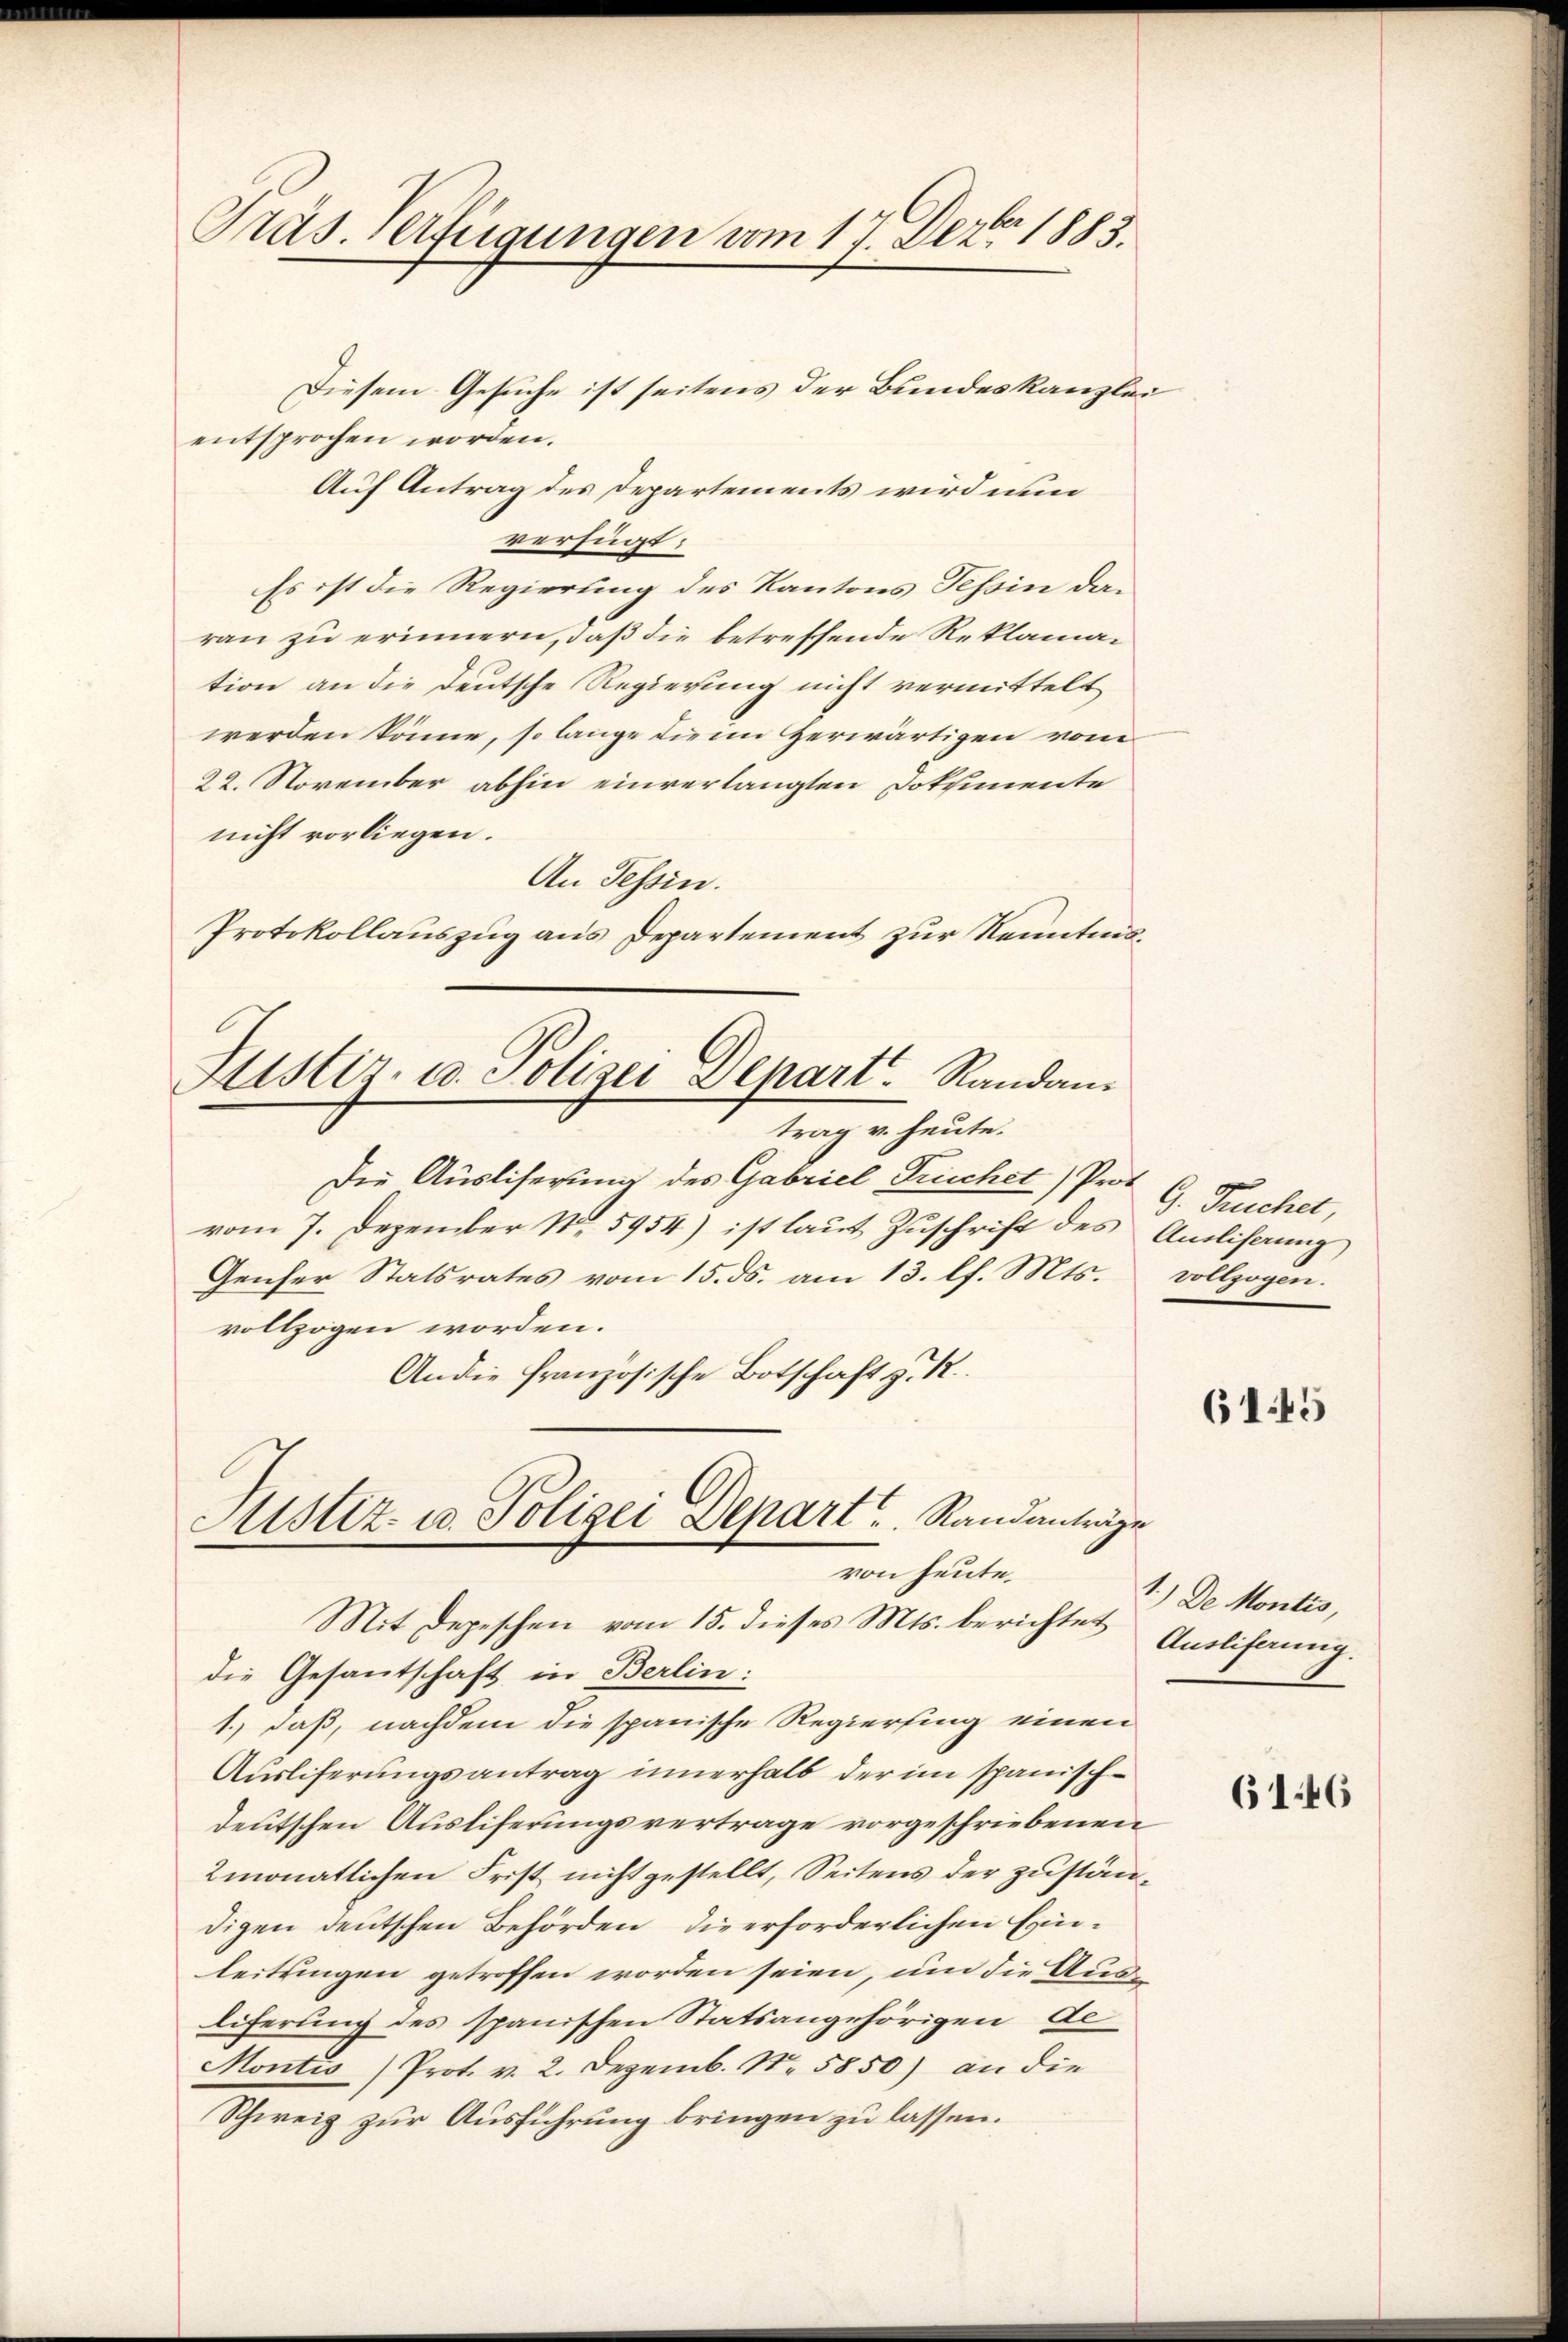
Präs. Verfügungen vom 17. Dez. 1885.

entsprochen worden.
Auf Antrag des Departements wird nun
verfügt:
Es ist die Regierung des Kantons Tessin daran zu erinnern, daß die betreffende Reklamation an die deutsche Regierung nicht vermittelt
werden könne, so lange die im Zerwärtigen vom
22. November abhin einverlangten Dokumente
nicht vorliegen.
An Tessin.
Protokollauszug aus Departement zur Kenntnis¬

Diesem Gesuche ist seitens der Bundeskanzlei

Justiz, u. Polizei Depart. Randam
trag v. heute.

Mistiz- u. Polizei Depart. Standanträge
von heute.

Die Ausliserung des Gabriel Frücher, Prof. G. Ruchet,
vom 7. Dezember 185954) ist laut Zuschrift des Ausliserung
Genser Statsrates vom 15. ds. am 13. l. Mts.
vollzogen worden.
An die französische Botschaft z. R.
Mit Depeschen vom 15. dieses Mts. berichtet Auslifannig.
die Gesantschaft in Berlin:
1.) daß, nachdem die spanische Regierung einen
Ausliferungsantrag innerhalb der im spanischdeutschen Ausliferungsvertrage vorgeschriebenen
2monatlichen Frist nicht gestellt, Seitens der zuständigen deutschen Behörden, die erforderlichen Einleitungen getroffen worden seien, um die Ausliferung des spanischen Statsangehörigen de
Montis Prot. v. 2. Dezemb. Nr. 5850) an die
Schweiz zur Ausführung bringen zu lassen.

vollzogen.

6145

1.) Der Montis,

6146